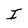
Character: I